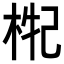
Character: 𣒤